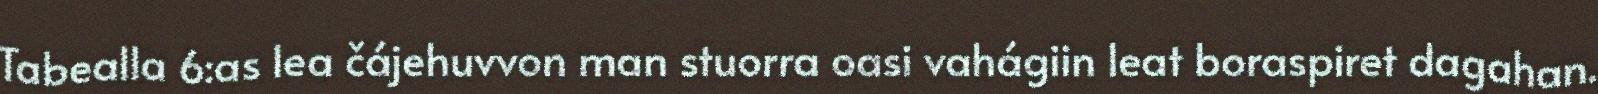
Tabealla 6:as lea čájehuvvon man stuorra oasi vahágiin leat boraspiret dagahan.